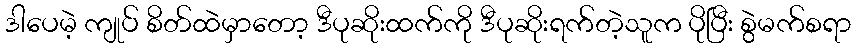
ဒါပေမဲ့ ကျုပ် စိတ်ထဲမှာတော့ ဒီပုဆိုးထက်ကို ဒီပုဆိုးရက်တဲ့သူက ပိုပြီး စွဲမက်စရာ